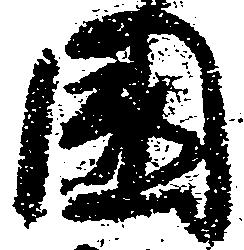
国